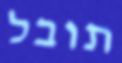
תובל